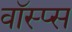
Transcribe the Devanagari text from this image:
वॉस्प्स